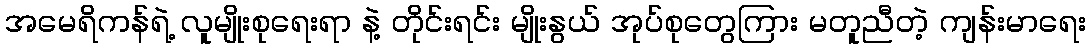
အမေရိကန်ရဲ့ လူမျိုးစုရေးရာ နဲ့ တိုင်းရင်း မျိုးနွယ် အုပ်စုတွေကြား မတူညီတဲ့ ကျန်းမာရေး